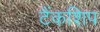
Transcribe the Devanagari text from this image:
टैंकशिप